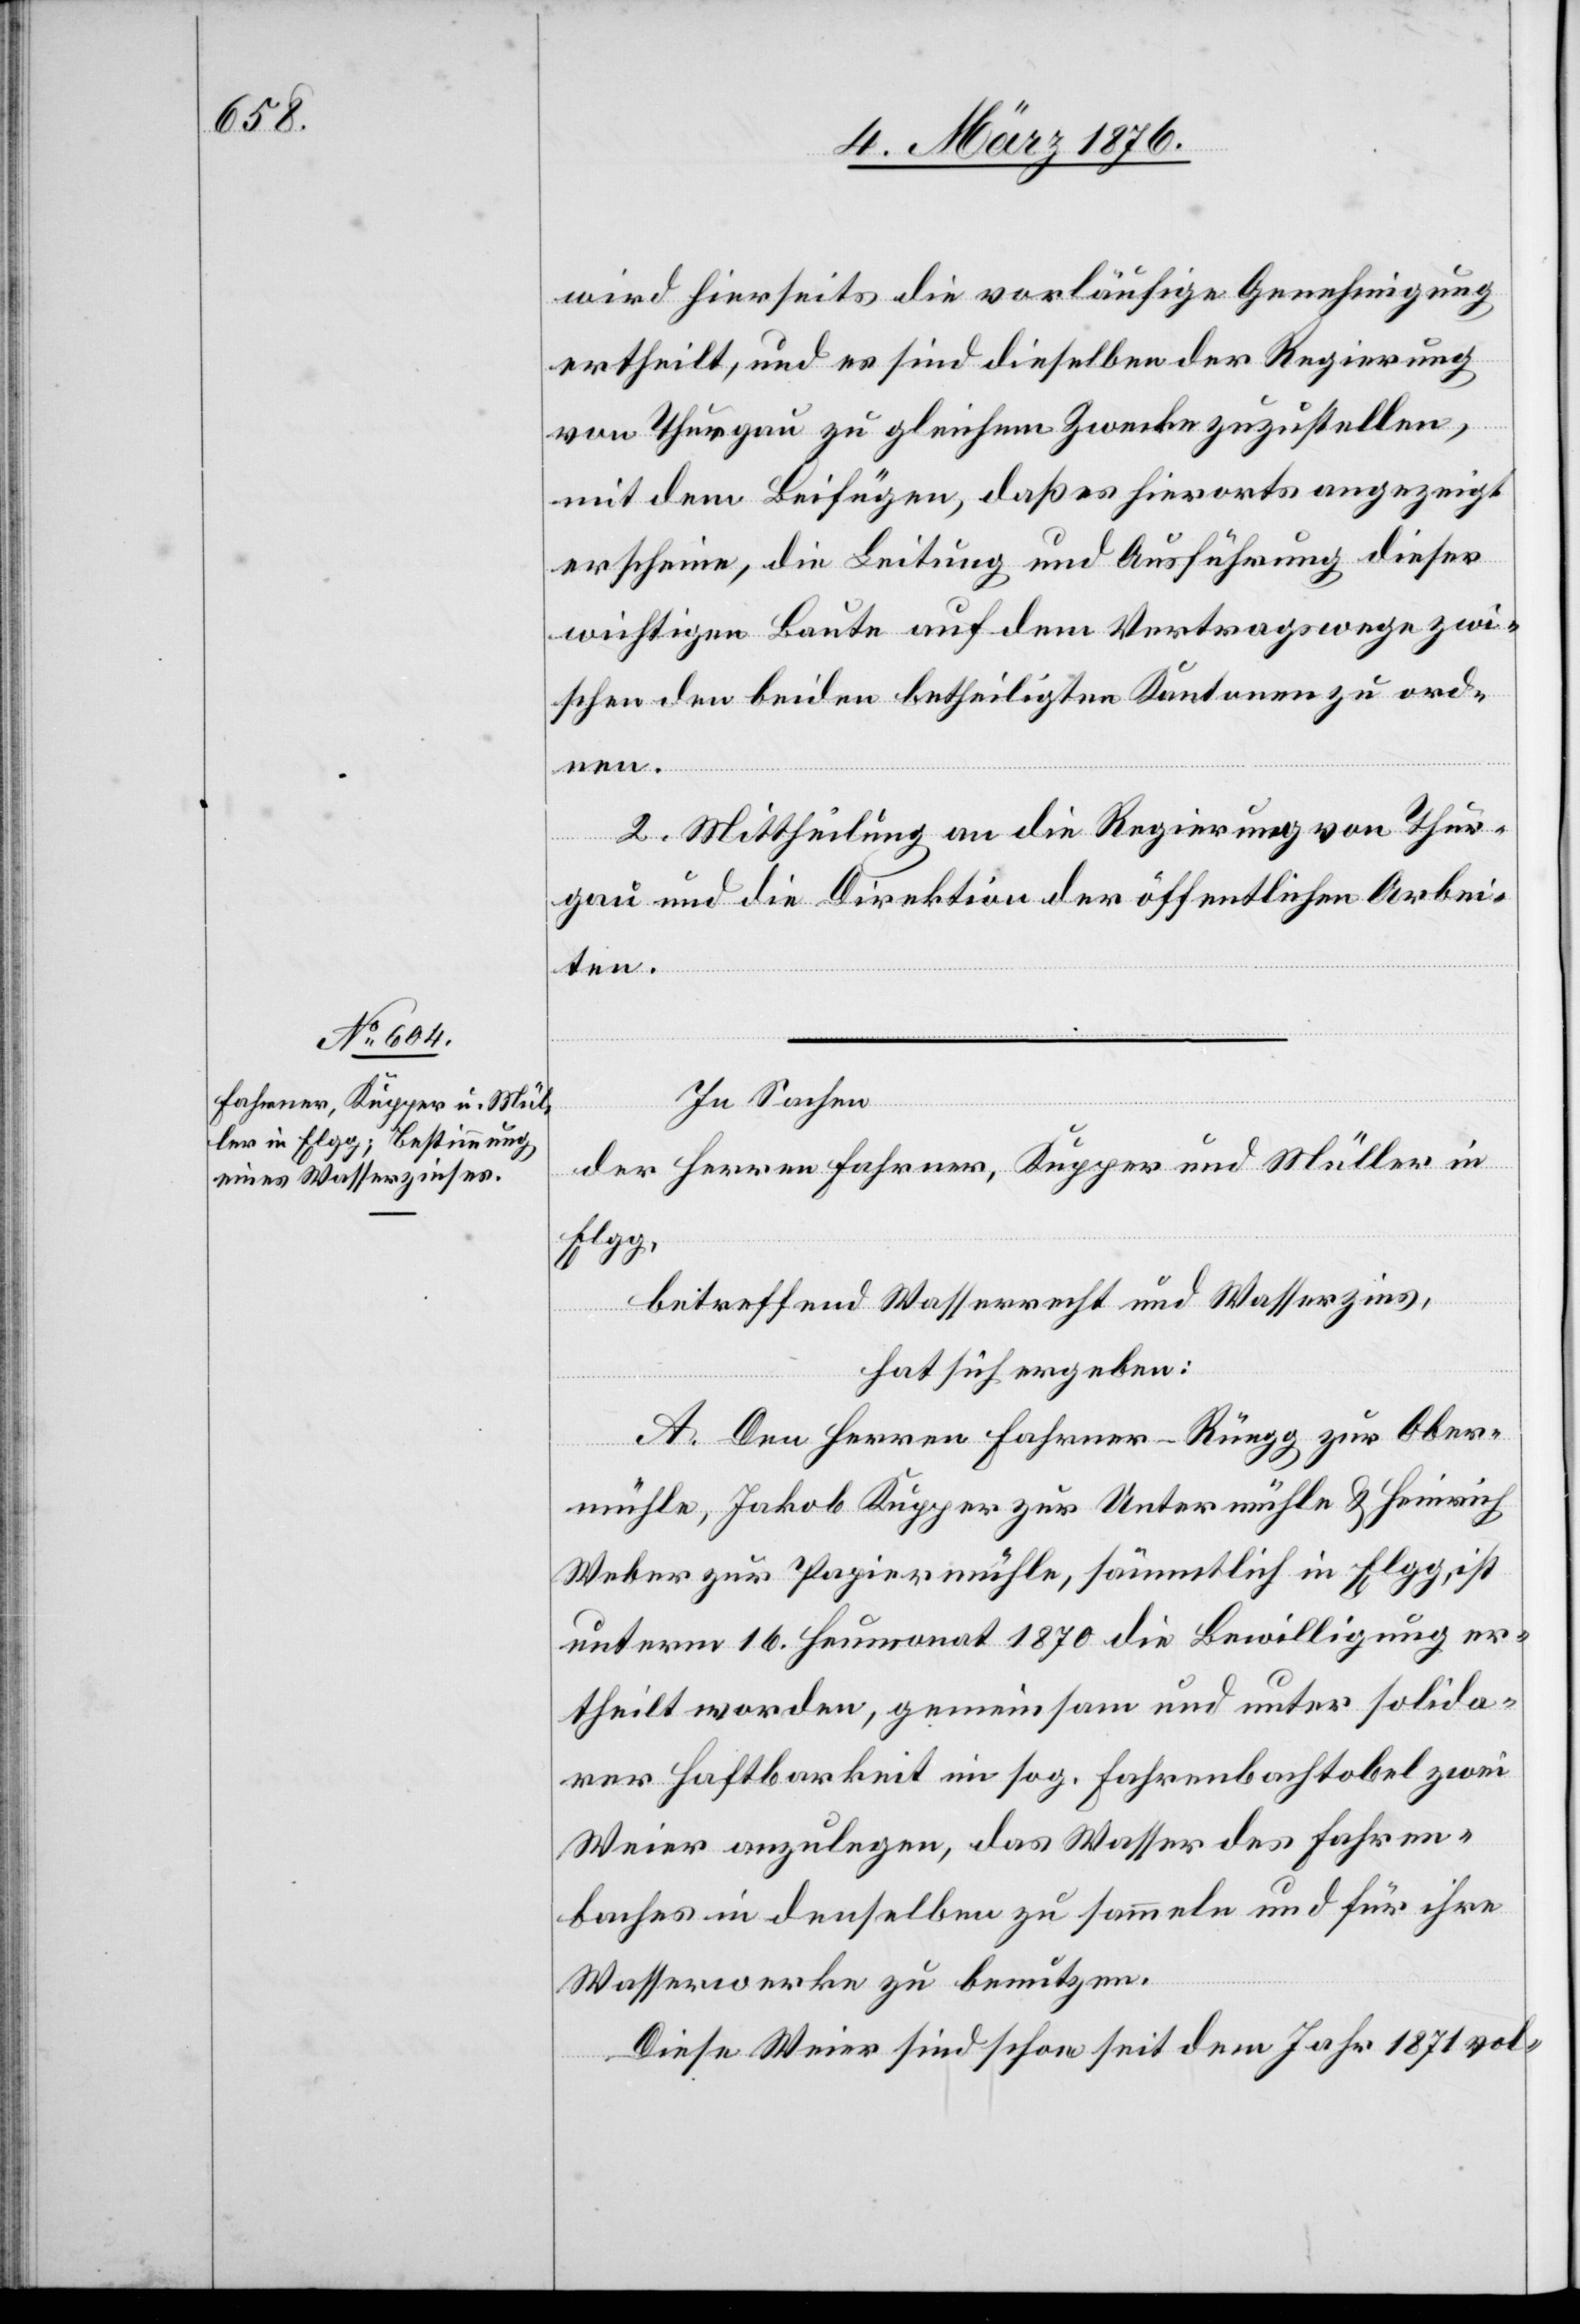
wird hierseits die vorläufige Genehmigung
ertheilt, und es sind dieselben der Regierung
von Thurgau zu gleichem Zwecke zuzustellen,
mit dem Beifügen, daß es hierorts angezeigt
erscheine, die Leitung und Ausführung dieser
wichtigen Baute auf dem Vertragswege zwi¬
schen den beiden betheiligten Kantonen zu ord¬
nen.
2. Mittheilung an die Regierung von Thur¬
gau und die Direktion der öffentlichen Arbei¬
ten.
In Sachen
der Herren Fahrner, Kupper und Müller in
Elgg,
betreffend Wasserrecht und Wasserzins,
hat sich ergeben:
A. Den Herren Fahrner-Rüegg zur Ober¬
mühle, Jakob Kupper zur Untermühle & Heinrich
Weber zur Papiermühle, sämmtlich in Elgg, ist
unterm 16. Heumonat 1870 die Bewilligung er¬
theilt worden, gemeinsam und unter solida¬
rer Haftbarkeit im sog. Fahrenbachtobel zwei
Weier anzulegen, das Wasser des Fahren¬
baches in denselben zu sammeln und für ihre
Wasserwerke zu benutzen.
Diese Weier sind schon seit dem Jahr 1871 vol-